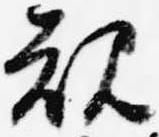
規